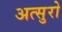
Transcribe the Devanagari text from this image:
अत्सुरो